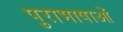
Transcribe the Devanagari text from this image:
पुराभाषाओं